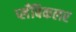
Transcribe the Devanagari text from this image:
प्लँबिकलर